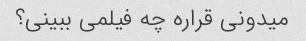
میدونی قراره چه فیلمی ببینی؟